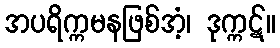
အပရိက္ကမနဖြစ်အံ့၊ ဒုက္ကဋ်။